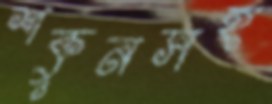
শকুনসহ